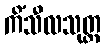
ကိံသီလသုတ္တ